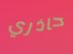
حاذري